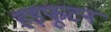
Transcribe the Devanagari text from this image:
हड़फूटन